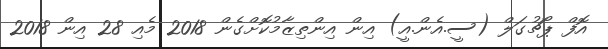
އޮފް ޕޯޗުގަލް (ސީ.އެން.އީ) އިން އިންތިޒާމުކޮށްގެން 2018 މެއި 28 އިން 2018